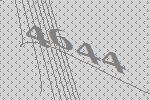
4644